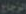
الزجاج